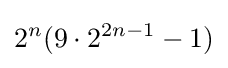
\displaystyle 2^{n}(9\cdot 2^{2n-1}-1)